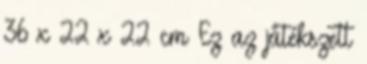
36 x 22 x 22 cm Ez az játékszett